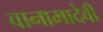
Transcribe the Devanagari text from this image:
वानामादेवी